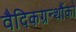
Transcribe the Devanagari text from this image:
वैदिकग्रन्थौंको